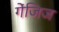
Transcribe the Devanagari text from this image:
गेंजिज